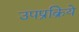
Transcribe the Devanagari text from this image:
उपप्रक्रिये